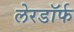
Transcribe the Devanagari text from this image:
लेरडॉर्फ